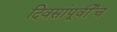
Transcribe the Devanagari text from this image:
दिवसांपूर्वीच